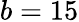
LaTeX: b=15